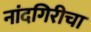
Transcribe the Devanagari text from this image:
नांदगिरीचा